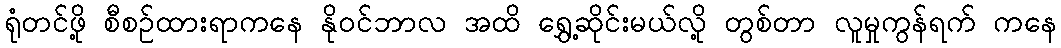
ရုံတင်ဖို့ စီစဉ်ထားရာကနေ နိုဝင်ဘာလ အထိ ရွှေ့ဆိုင်းမယ်လို့ တွစ်တာ လူမှုကွန်ရက် ကနေ